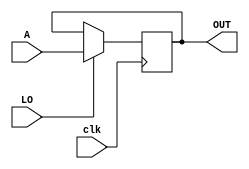
`timescale 1ns / 1ps
module OUT (input [7:0] A,input LO, clk, output reg [7:0] OUT );
always @(posedge clk)
OUT=LO?A:OUT;
endmodule